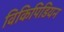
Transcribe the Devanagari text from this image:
विकिपिडियन